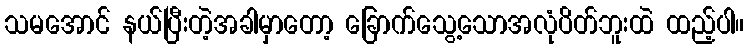
သမအောင် နယ်ပြီးတဲ့အခါမှာတော့ ခြောက်သွေ့သောအလုံပိတ်ဘူးထဲ ထည့်ပါ။